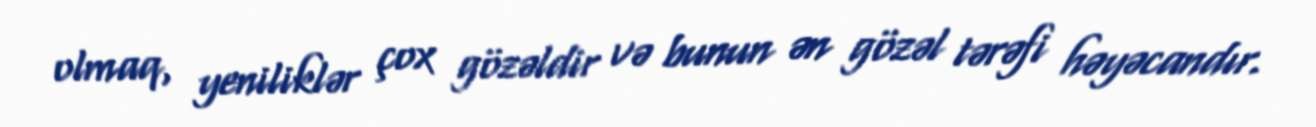
olmaq, yeniliklər çox gözəldir və bunun ən gözəl tərəfi həyəcandır.